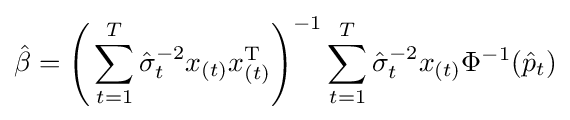
{\hat {\beta }}={\Bigg (}\sum _{t=1}^{T}{\hat {\sigma }}_{t}^{-2}x_{(t)}x_{(t)}^{\operatorname {T} }{\Bigg )}^{-1}\sum _{t=1}^{T}{\hat {\sigma }}_{t}^{-2}x_{(t)}\Phi ^{-1}({\hat {p}}_{t})